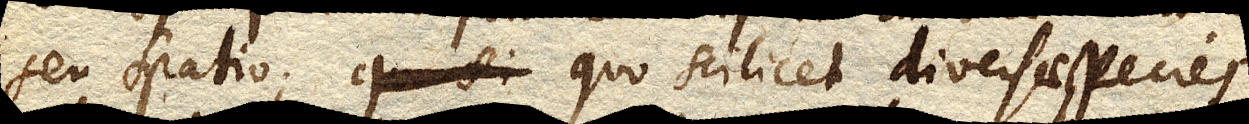
seu spatio; quo scilicet diversae species